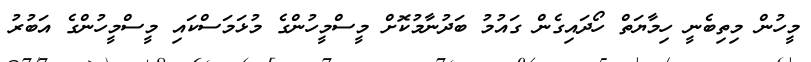
މީހުން މިތިބެނީ ހިމާޔަތް ހޯދައިގެން ގައުމު ބަދުނާމުކޮށް މީސްމީހުންގެ މުޅަމަސްކައި މީސްމީހުންގެ އަބުރު